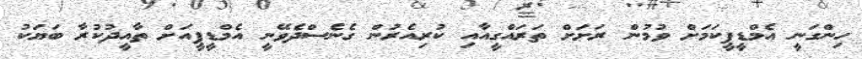
ހިންގަނީ އެމްޑީޕީކަމަށް ވުމުން ރަށަށް ތަރައްގީއާއި ކުރިއެރުން ގެނެސްދެވޭނީ އެމްޑީޕީއަށް ތާއީދުކުރާ ބަޔަކު